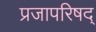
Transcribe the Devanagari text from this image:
प्रजापरिषद्